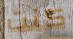
كنت